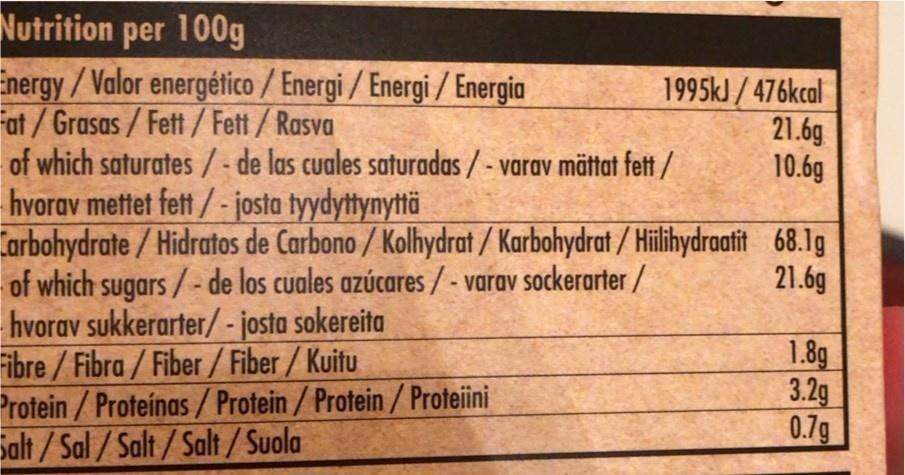
Nutrition per 100g Energy/Valor energético / Energi / Energi / Energia Fat/Grasas/Fett/Fett/Rasva of which saturates/- de las cuales saturadas/- varav mättat fett/ hvorav mettet fett / - josta tyydyttynyttä Carbohydrate /Hidratos de Carbono / Kolhydrat / Karbohydrat / Hillihydraatit 68.1g of which sugars/- de los cuales azúcares/ - varav sockerarter/ hvorav sukkerarter/- josta sokereita Fibre / Fibra/Fiber / Fiber / Kuitu Protein / Proteínas / Protein /Protein/Proteiini Salt / Sal/ Salt/Salt/Suola
1995kJ / 476kcal 21.6g 10.6g
21.6g
1.8g 3.2g 0.7g